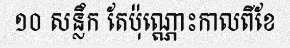
១០ សន្លឹក តែប៉ុណ្ណោះកាលពីខែ